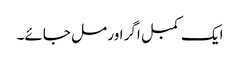
ایک کمبل اگر اور مل جائے۔